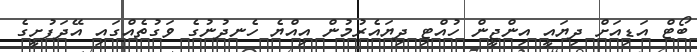
ބޯޓް އަޑިއަށް ދިޔައީ އިންޖީން ހުއްޓި ދިޔައެރުމުން އިއްޔެ ހެނދުނުގެ ވަގުތެއްގައި އޭދަފުށީގެ